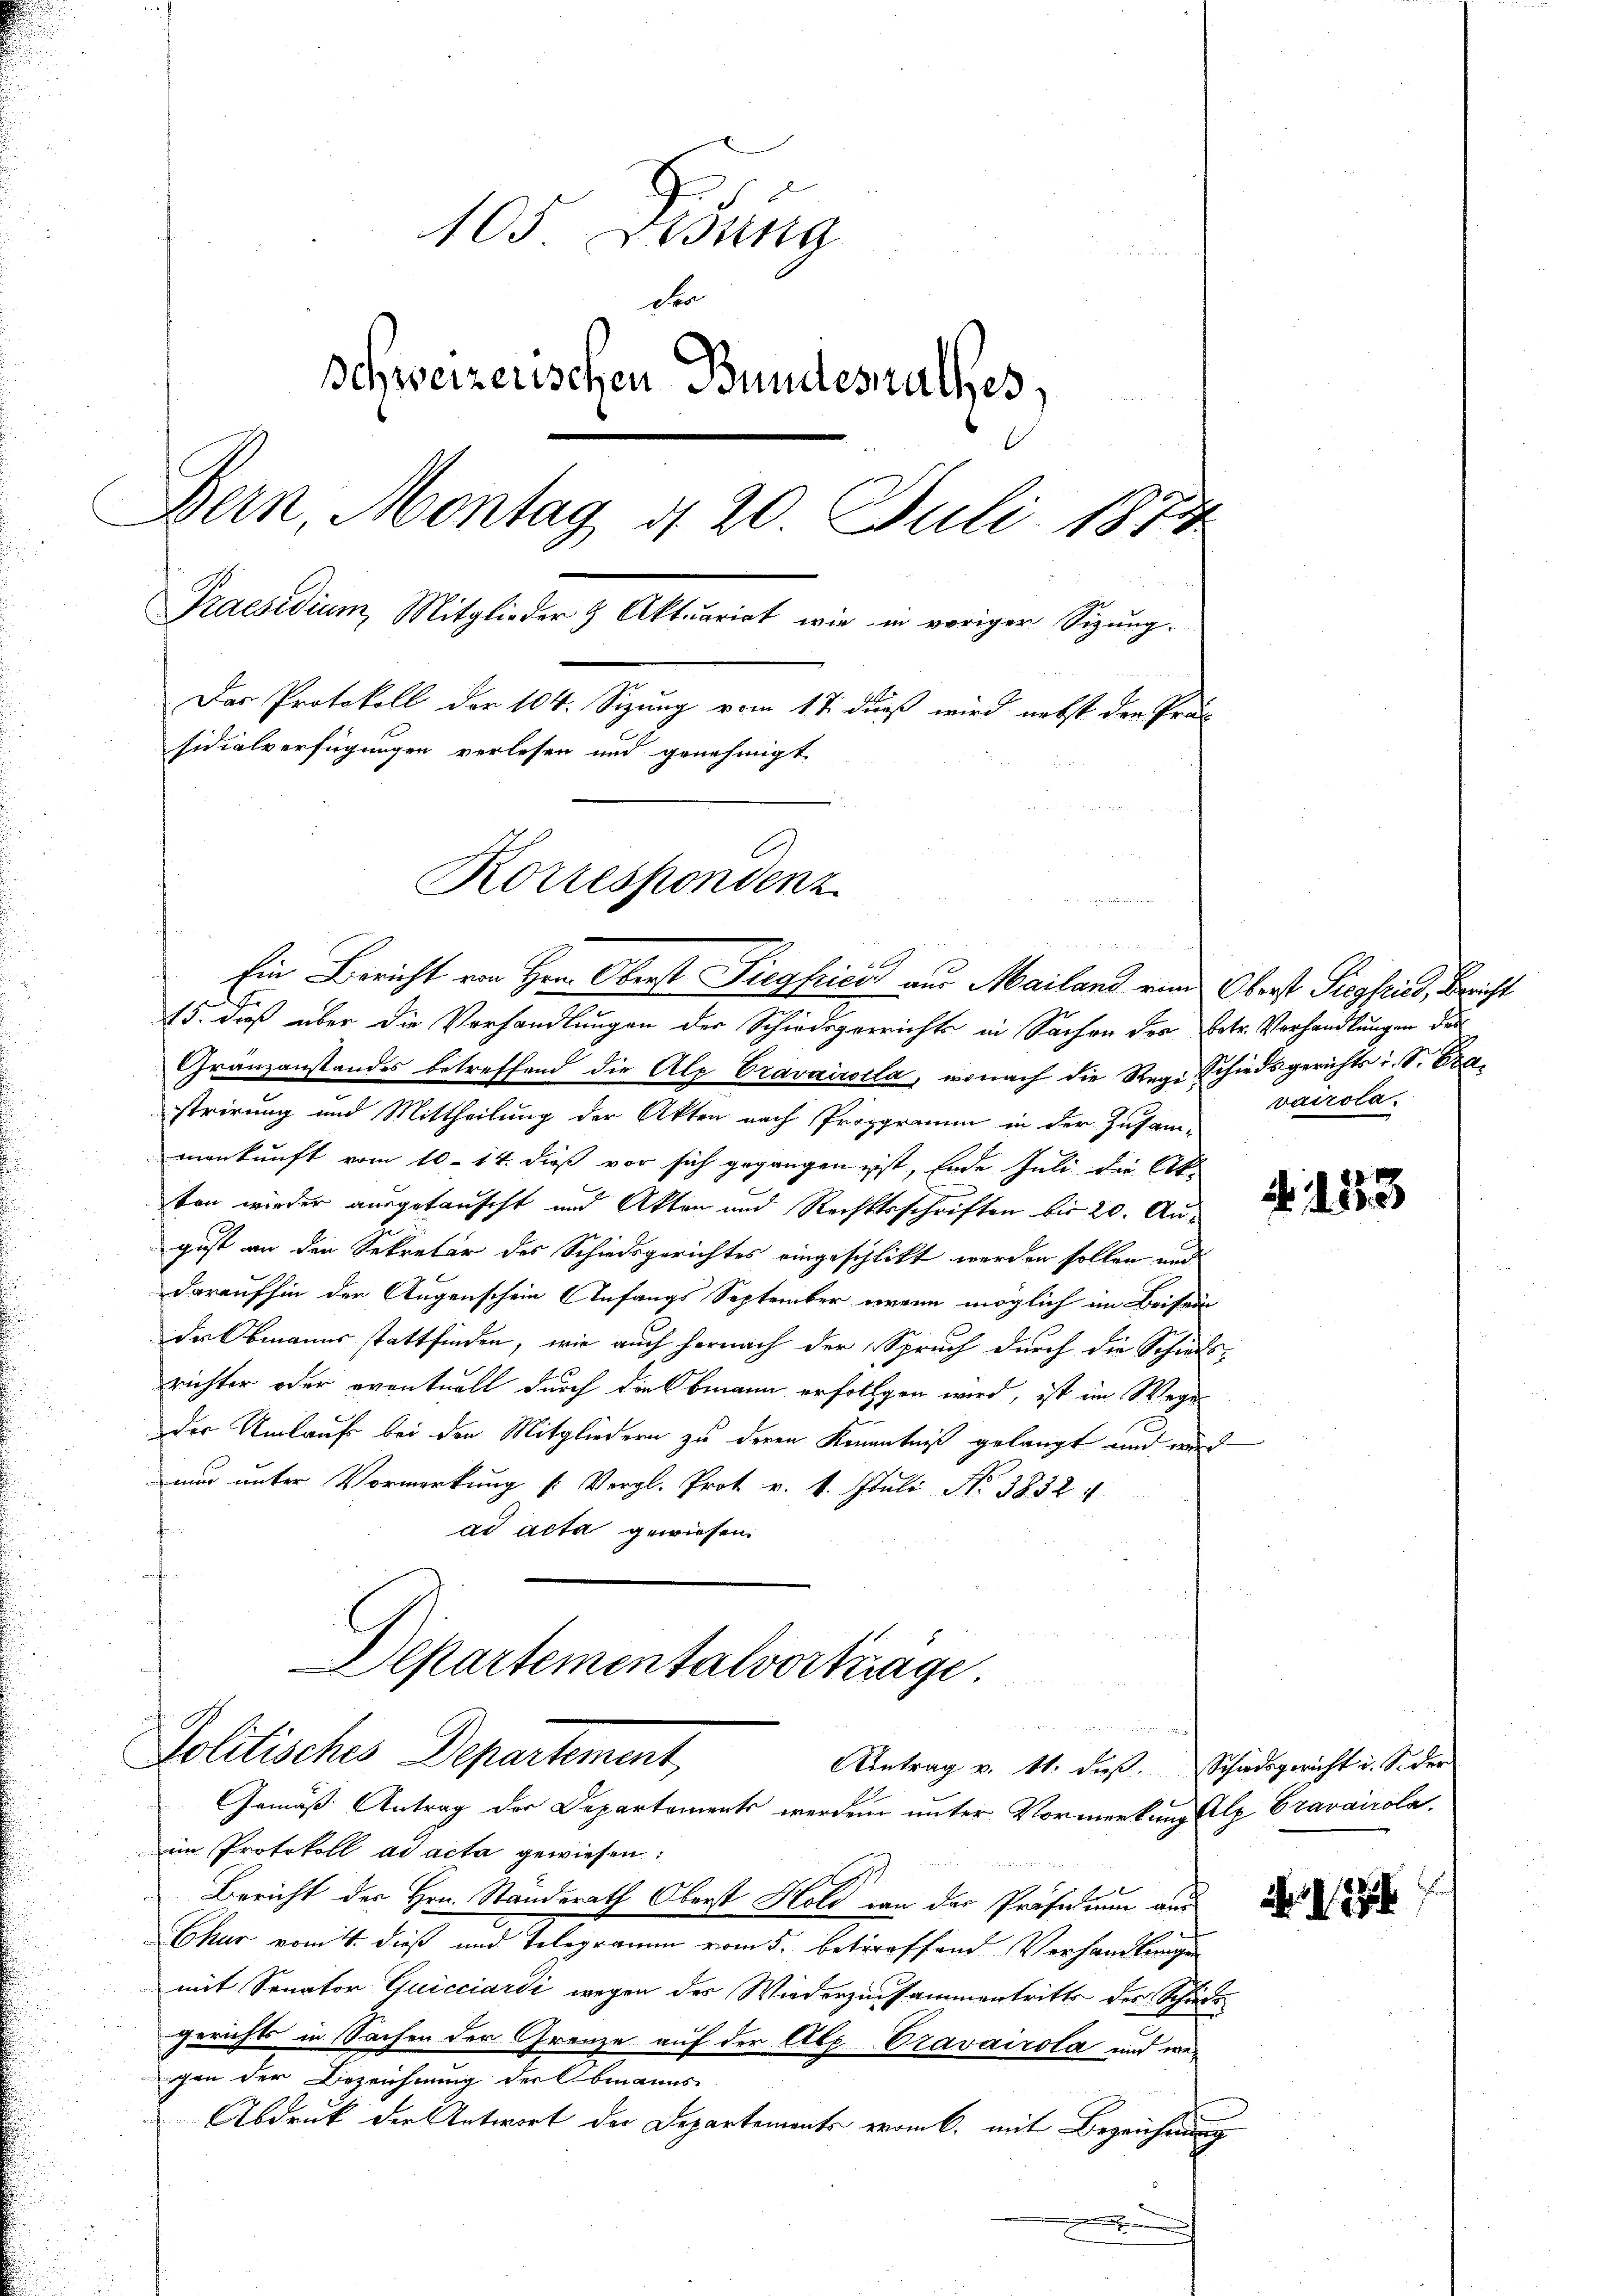
105. Lesung
der
schweizerischen Bundesrathes,
Bern, Montag 4 20. Juli 1873
Praesidium Mitglieder & Aktuariat wir in voriger Sizung.
Das Protokoll der 104. Sizung vom 17. dieß wird nebst der Präs
sidialverfügungen verlesen und genehmigt.
Korrespondenz
eenartieren

Ein Bericht von Hrn. Oberst Siegfrica aus Mailand von Oberst Siegfried, Bericht
15. daß über die Verhandlungen der Schiedsgerrichts in Sachen der betr. Verhandlungen des
Gränzanstandes betreffend die Alp Cravairila, wonach die Regi Schiedsgerichts i. S. Pastrirung und Mittheilung der Akten nach Programm in der Zusam-
mankunft vom 10. 14. dieß vor sich gegangen ist, Ende Juli die Art.
ten wieder ausgetauscht und Akten und Rechtsschriften bis 20. August an den Sekretär des Schiedsgerichtes eingeschlikt werden sollen und
daraufhin der Augenschein (Infangs September wenn möglich im Beisein
der Obmanns stattfinden, wie auch hernach der Spruch durch die Schiedsrichter oder eventuell durch die Obmann erfolgen wird, ist im Wege
der Umtrufs bei den Mitgliedern zu deren Kenntniß gelangt und wird
nur unter Vormerkung (: Vergl. Prot v. 4. Juli No 3832. 4.
ad acta gewiesen.

Departementalvorträge.
un
Pollisches Departement,
Antrag v. 11. dieß. Schiedsgericht u. Sider

Gemäß Antrag der Departements werden unter Vormerkung alz Cravaicola
im Protokoll ad acta gewiesen:
Bericht des Hrn. Standerath Oberst Hold von der Präsidium aus
Chur vom 14. dieß und Telegramm vom 5. betreffend Verhandlungen
mit Senator Quicciardi wegen des Wiederzusammentritts des Schuttgerichts in Sachen der Grenze auf der Alp Cravairola und wegen der Bezeichnung der Obmanns
Abdruk der Antwort der Departements vom 6. mit Bezeichnung

vairola.

A. 133

23